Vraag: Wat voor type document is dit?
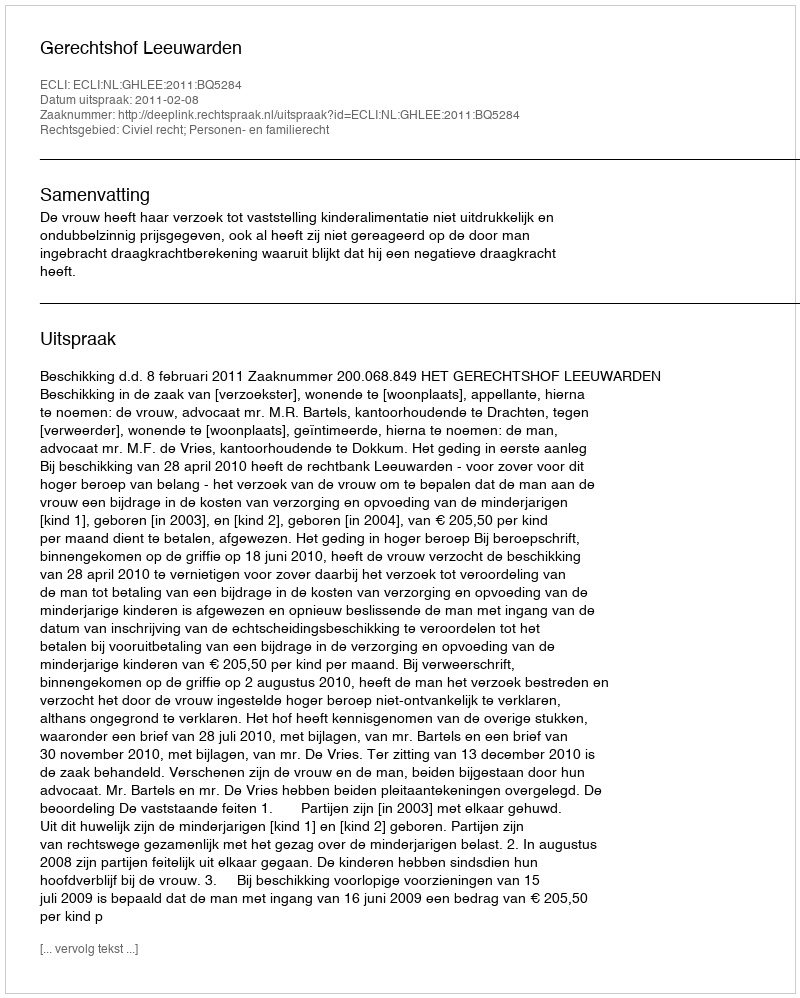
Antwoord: Uitspraak